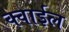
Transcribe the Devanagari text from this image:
क्वाईल